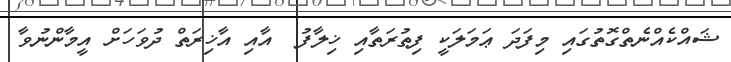
ޝައްކެއްނެތްގޮތުގައި މިފަދަ ޢަމަލަކީ ފިޠުރަތާއި ޚިލާފު  އާއި އާޚިރަތް ދުވަހަށް އީމާންނުވާ